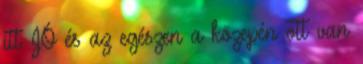
itt JÓ és az egészen a közepén ott van